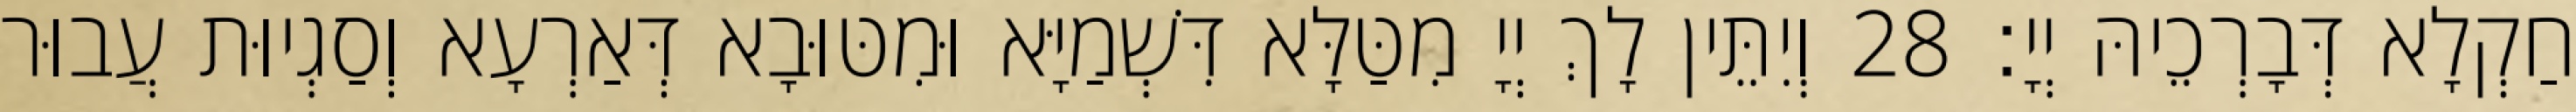
חַקְלָא דְּבָרְכֵיהּ יְיָ׃ 28 וְיִתֵּין לָךְ יְיָ מִטַּלָּא דִּשְׁמַיָּא וּמִטּוּבָא דְּאַרְעָא וְסַגְיוּת עֲבוּר